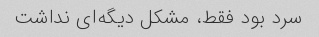
سرد بود فقط، مشکل دیگه‌ای نداشت